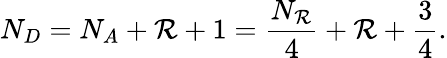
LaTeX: N_{D}=N_{A}+\mathcal{R}+1=\frac{{N_{\mathcal{R}}}}{{4}}+\mathcal{R}+\frac{{3}}{{4}}.